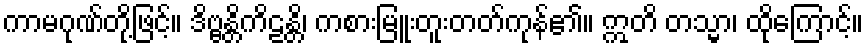
ကာမဂုဏ်တို့ဖြင့်။ ဒိဗ္ဗန္တိကိဠန္တိ၊ ကစားမြူးတူးတတ်ကုန်၏။ ဣတိ တသ္မာ၊ ထိုကြောင့်။